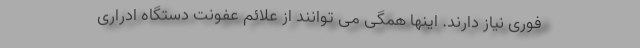
فوری نیاز دارند. اینها همگی می توانند از علائم عفونت دستگاه ادراری